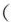
(